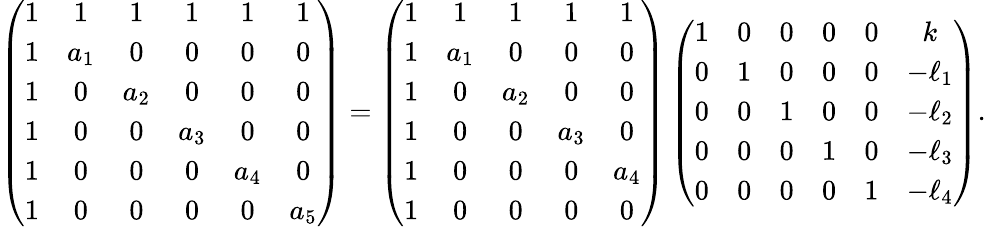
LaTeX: \left(\begin{array}{cccccc}{{1}}&{{1}}&{{1}}&{{1}}&{{1}}&{{1}}\\ {{1}}&{{a_{1}}}&{{0}}&{{0}}&{{0}}&{{0}}\\ {{1}}&{{0}}&{{a_{2}}}&{{0}}&{{0}}&{{0}}\\ {{1}}&{{0}}&{{0}}&{{a_{3}}}&{{0}}&{{0}}\\ {{1}}&{{0}}&{{0}}&{{0}}&{{a_{4}}}&{{0}}\\ {{1}}&{{0}}&{{0}}&{{0}}&{{0}}&{{a_{5}}}\end{array}\right)=\left(\begin{array}{ccccc}{{1}}&{{1}}&{{1}}&{{1}}&{{1}}\\ {{1}}&{{a_{1}}}&{{0}}&{{0}}&{{0}}\\ {{1}}&{{0}}&{{a_{2}}}&{{0}}&{{0}}\\ {{1}}&{{0}}&{{0}}&{{a_{3}}}&{{0}}\\ {{1}}&{{0}}&{{0}}&{{0}}&{{a_{4}}}\\ {{1}}&{{0}}&{{0}}&{{0}}&{{0}}\end{array}\right)\left(\begin{array}{cccccc}{{1}}&{{0}}&{{0}}&{{0}}&{{0}}&{{k}}\\ {{0}}&{{1}}&{{0}}&{{0}}&{{0}}&{{-\ell_{1}}}\\ {{0}}&{{0}}&{{1}}&{{0}}&{{0}}&{{-\ell_{2}}}\\ {{0}}&{{0}}&{{0}}&{{1}}&{{0}}&{{-\ell_{3}}}\\ {{0}}&{{0}}&{{0}}&{{0}}&{{1}}&{{-\ell_{4}}}\end{array}\right).